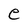
Character: e